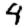
Digit: 4